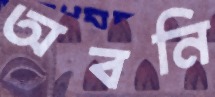
অবনি